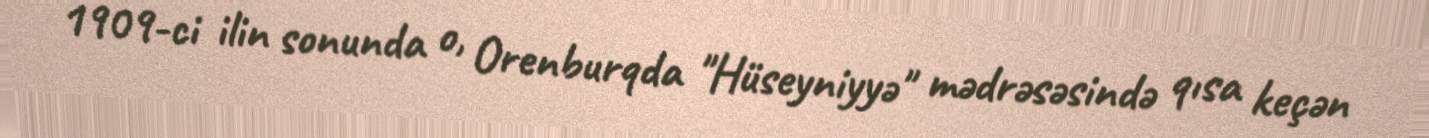
1909-ci ilin sonunda o, Orenburqda "Hüseyniyyə" mədrəsəsində qısa keçən